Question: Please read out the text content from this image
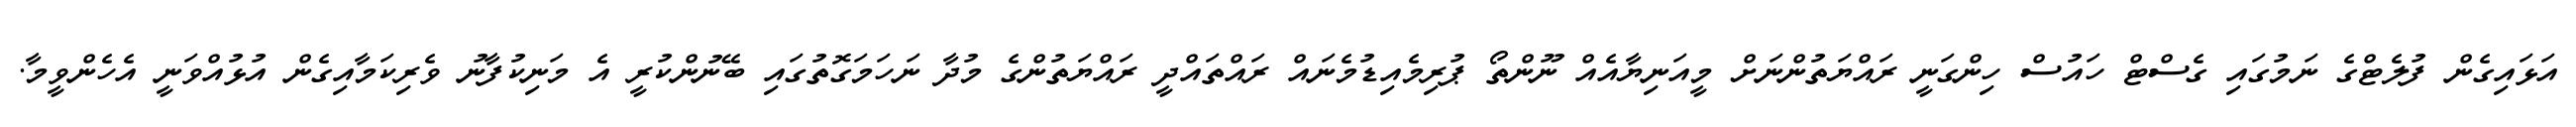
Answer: އަޅައިގެން ފުލެޓްގެ ނަމުގައި ގެސްޓް ހައުސް ހިންގަނީ ރައްޔަތުންނަށް މީއަނިޔާއެއް ނޫންތޯ ޕުރިމެއިޑުމެނައް ރައްތައްދީ ރައްޔަތުންގެ މުދާ ނަހަމަގޮތުގައި ބޭނުންކުރީ އެ މަނިކުފާނު ވެރިކަމާއިގެން އުޅުއްވަނީ އެހެންވީމާ.